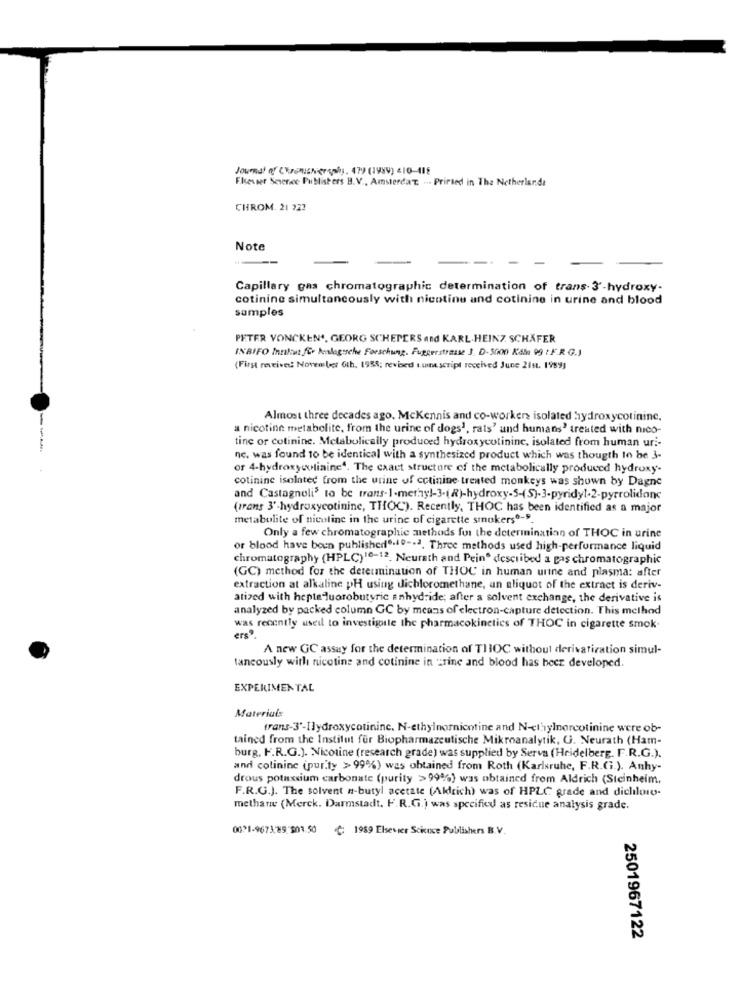
Elsesser Science Publishers B.V ., AmsterdaT. ... Printed in The Netherlands
CHROM. 21 222
Note
Capillary gas chromatographic determination of trans- 3'-hydroxy-
cotinine simultaneously with nicotine and cotinine in urine and blood
samples
PETER VONCKEN ., GEORG SCHEPERS and KARL-HEINZ. SCHÄFER
INBIFO Innikut für bealagesche Forschung. Fuggerstrasse 3. D-5000 Kala 99 : F.R. G.J
(First reveived Noven ber Gth. 1958; revised tume script received June 21st. 1989]
Almost three decades ago, McKennis and co-workers isolated hydroxycotinine.
a nicotine metabolite, from the urine of dogs', rats' and humans" treated with nico-
tine or colininc. Metabolically produced hydroxycutininc, isolated from human uri-
--
nc. was found to be identical with a synthesized product which was thougth to be 3-
or 4-hydroxyculiaine4. The caact structure of the metabolically produced hydroxy-
cotinine isolated from the urine of cctinine treated monkeys was shown by Dagne
and Castagnoli' to be trans-1-methyl-3.(R)-hydroxy-5-(S)-3-pyridyl.2-pyrrolidone
(irans 3'-hydroxycotinine, THOC). Recently, THOC has been identified as a major
metabolite of nicoline in the urine of cigarette smokers0-9.
Only a few chromatographie methods for the determination of THOC in urine
or blood have been published8.4º -. 2. Three methods used high-performance liquid
chromatography (HPLC)10-12. Neurath and Peine described a pas chromatographic
(GC) method for the dereumination of THOC in human urine and plasma: after
extraction at alkaline pH using dichloromethane, an aliquot of the extract is deriv-
atized with hepte luorobutyric anhydride; after a solvent exchange, the derivative is
analyzed by packed column GC by means of electron-capture detection. This method
was recently used to investigoule the pharmacokinetics of THOC in cigarette smok.
A new GC assay for the determination of TIIOC without derivatiration simul-
tancously with nicotine and cotinine in urine and blood has beer developed.
EXPERIMENTAL
Materials
trans-3'-Hydroxycotinine, N-ethylnornicotine and N-ctrylnorcotinine were ob-
tained from the Institut für Biopharmazeutische Mikroanalytik, G. Neurath (Ham-
burg, F.R.G.). Nicotine (research grade) was supplied by Serva (Heidelberg. F.R.G.).
and colininc (pur.ty > 99%) was obtained from Roth (Karlsruhe, F.R.C.). Anhy-
drous potassium carbonate (purity >99%) was obtained from Aldrich (Steinheim,
F.R.G.J. The solvent n-butyl acetate (Aldrich) was of HPLC grade and dichloro-
methane (Merck. Darmstadt. F.R.G.) was specified as residue analysis grade.
0091-9673.85:301.50
: 1989 Elsevier Science Publishers B.V.
2501967122